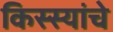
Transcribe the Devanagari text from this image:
किस्स्यांचे